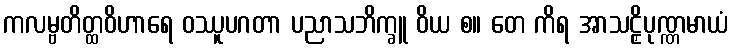
ကလမ္ဗတိတ္ထဝိဟာရေ ဝဿူပဂတာ ပညာသဘိက္ခူ ဝိယ စ။ တေ ကိရ အာသဠှိပုဏ္ဏမာယံ